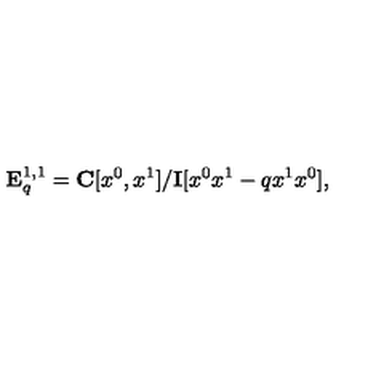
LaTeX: { \bf E } _ { q } ^ { 1 , 1 } = { \bf C } [ x ^ { 0 } , x ^ { 1 } ] / { \bf I } [ x ^ { 0 } x ^ { 1 } - q x ^ { 1 } x ^ { 0 } ] ,